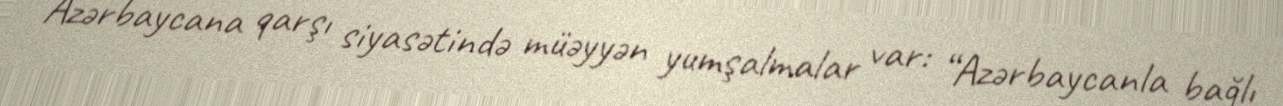
Azərbaycana qarşı siyasətində müəyyən yumşalmalar var: “Azərbaycanla bağlı